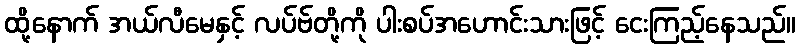
ထို့နောက် အယ်လီမေနှင့် လပ်ဗ်တို့ကို ပါးစပ်အဟောင်းသားဖြင့် ငေးကြည့်နေသည်။